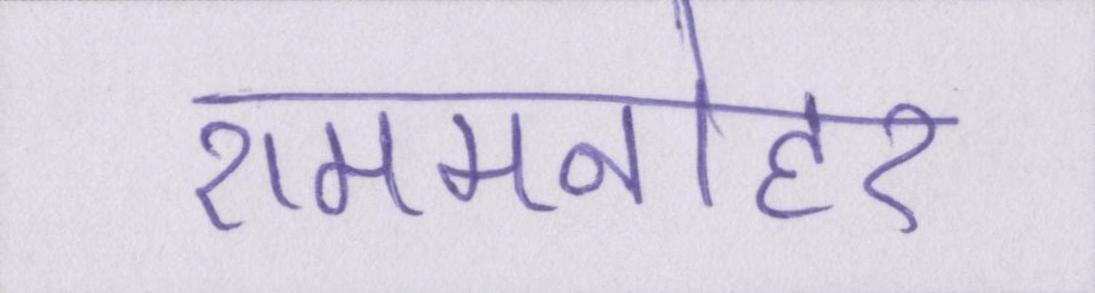
राममनोहर